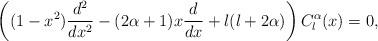
LaTeX: \begin{align*}\left((1-x^{2})\frac{d^2}{dx^2}-(2\alpha+1)x\frac{d}{dx}+l(l+2\alpha)\right) C_{l}^\alpha(x)=0,\end{align*}